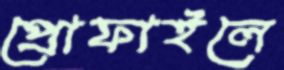
প্রোফাইলে